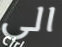
الى